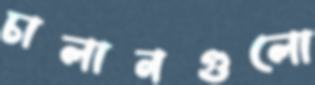
চালানগুলো